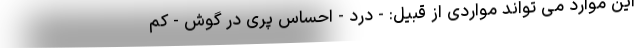
این موارد می تواند مواردی از قبیل: - درد - احساس پری در گوش - کم